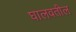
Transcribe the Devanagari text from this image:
घालवतील